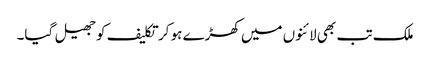
ملک تب بھی لائنوں میں کھڑے ہو کر تکلیف کو جھیل گیا۔